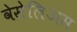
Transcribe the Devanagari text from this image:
वेसेलिअस